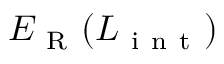
E _ { \mathrm { ~ R ~ } } ( L _ { \mathrm { ~ i ~ n ~ t ~ } } )